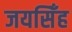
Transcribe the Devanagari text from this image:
जयसिँह